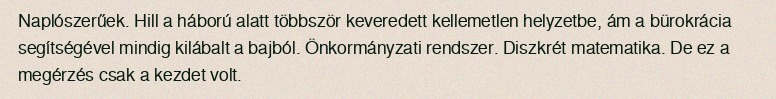
Naplószerűek. Hill a háború alatt többször keveredett kellemetlen helyzetbe, ám a bürokrácia segítségével mindig kilábalt a bajból. Önkormányzati rendszer. Diszkrét matematika. De ez a megérzés csak a kezdet volt.